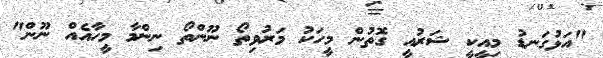
"އަޅުގަނޑު މިއީކީ ޝަރުއީ ގޮތުން މީހަކު މަރުވިތޯ ނޫންތޯ ނިންމާ މީހާއެއް ނޫން"